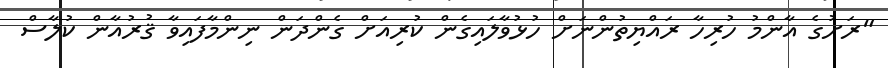
"ރަށުގެ އާންމު ހުރިހާ ރައްޔިތުންނަށް ހުުޅުވާލައިގެން ކުރިއަށް ގެންދަން ނިންމާފައިވާ ޤުރުއާން ކުލާސް